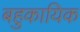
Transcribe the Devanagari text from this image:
बहुकायिक